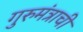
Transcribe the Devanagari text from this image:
गुरुमंत्राची